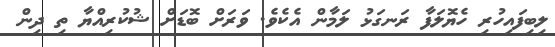
ލިބިފައިހުރި ހެޔޮލަފާ ރަނގަޅު ލަމާން އެކެވެ. ވަރަށް ބޮޑަށް ޝުކުރިއްޔާ ތި ދިން